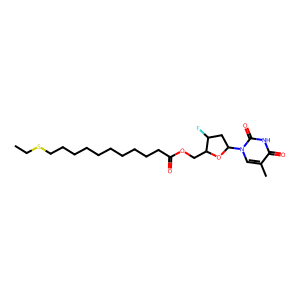
SMILES: CCSCCCCCCCCCCC(=O)OCC1OC(n2cc(C)c(=O)[nH]c2=O)CC1F
Inhibits HIV replication: Yes